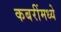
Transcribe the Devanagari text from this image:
कबरींमध्ये